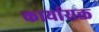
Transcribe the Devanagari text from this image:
कार्यासक्त